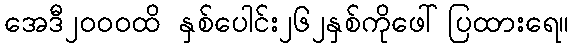
အေဒီ၂၀၀၀ထိ နှစ်ပေါင်း၂၆၂နှစ်ကိုဖေါ်ပြထားရေ။